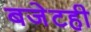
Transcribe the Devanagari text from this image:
बजेटही